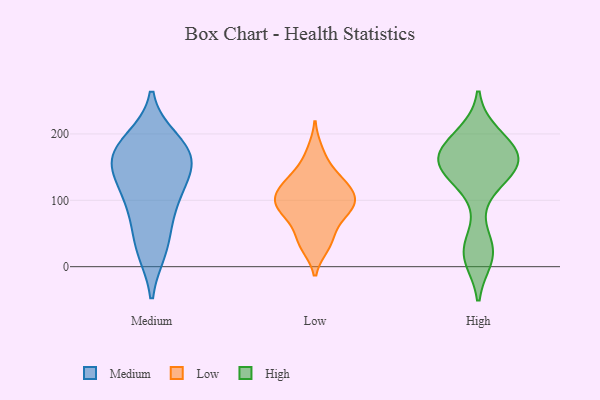
{"axis": {"x": "Energy Usage (MWh)", "y": "Value"}, "legend": ["High", "Low", "Medium"], "data": [{"x": "", "y": 33, "type": "Medium"}, {"x": "", "y": 180, "type": "Medium"}, {"x": "", "y": 168, "type": "Medium"}, {"x": "", "y": 189, "type": "Medium"}, {"x": "", "y": 117, "type": "Medium"}, {"x": "", "y": 161, "type": "Medium"}, {"x": "", "y": 100, "type": "Medium"}, {"x": "", "y": 147, "type": "Medium"}, {"x": "", "y": 158, "type": "Medium"}, {"x": "", "y": 84, "type": "Medium"}, {"x": "", "y": 27, "type": "Medium"}, {"x": "", "y": 31, "type": "Low"}, {"x": "", "y": 175, "type": "Low"}, {"x": "", "y": 103, "type": "Low"}, {"x": "", "y": 130, "type": "Low"}, {"x": "", "y": 92, "type": "Low"}, {"x": "", "y": 98, "type": "Low"}, {"x": "", "y": 93, "type": "Low"}, {"x": "", "y": 117, "type": "Low"}, {"x": "", "y": 33, "type": "Low"}, {"x": "", "y": 47, "type": "Low"}, {"x": "", "y": 119, "type": "Low"}, {"x": "", "y": 149, "type": "Low"}, {"x": "", "y": 78, "type": "Low"}, {"x": "", "y": 127, "type": "Low"}, {"x": "", "y": 70, "type": "Low"}, {"x": "", "y": 91, "type": "Low"}, {"x": "", "y": 161, "type": "High"}, {"x": "", "y": 17, "type": "High"}, {"x": "", "y": 153, "type": "High"}, {"x": "", "y": 160, "type": "High"}, {"x": "", "y": 118, "type": "High"}, {"x": "", "y": 197, "type": "High"}, {"x": "", "y": 184, "type": "High"}, {"x": "", "y": 147, "type": "High"}, {"x": "", "y": 32, "type": "High"}, {"x": "", "y": 24, "type": "High"}, {"x": "", "y": 158, "type": "High"}, {"x": "", "y": 199, "type": "High"}, {"x": "", "y": 14, "type": "High"}, {"x": "", "y": 173, "type": "High"}, {"x": "", "y": 134, "type": "High"}, {"x": "", "y": 168, "type": "High"}, {"x": "", "y": 155, "type": "High"}]}